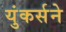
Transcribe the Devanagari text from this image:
युंकर्सने